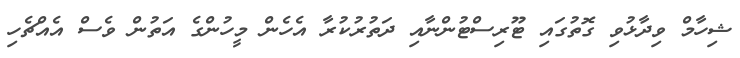
ޝިހާމް ވިދާޅުވި ގޮތުގައި ޓޫރިސްޓުންނާއި ދަތުރުކުރާ އެހެން މީހުންގެ އަތުން ވެސް އެއްޗެހި